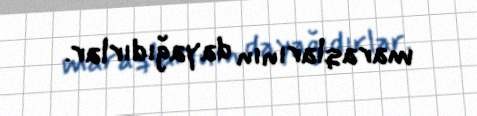
maraqlarının dayağıdırlar.